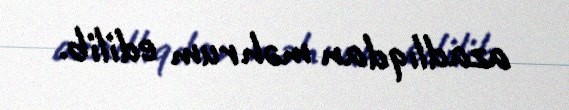
azadlıqdan məhrum edilib.